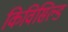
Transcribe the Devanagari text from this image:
किविसिल्ड